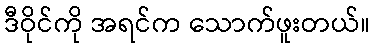
ဒီဝိုင်ကို အရင်က သောက်ဖူးတယ်။